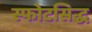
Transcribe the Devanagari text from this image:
स्फोटसिद्ध